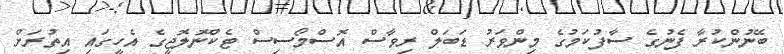
ބޭނުންކުރާ ފެނުގެ ސާފުކަމުގެ މިންވަރު ޑަބަލް ރިވާސް އޮސްމޯސިސް ޓެކްނޮލޮޖީގެ އެހީގައި އިތުރަށް